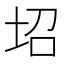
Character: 𡊱